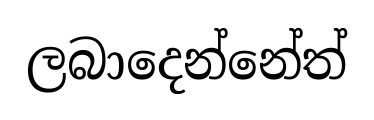
ලබාදෙන්නේත්